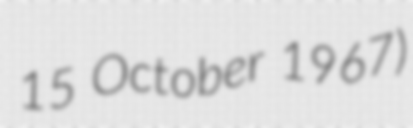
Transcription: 15 October 1967)